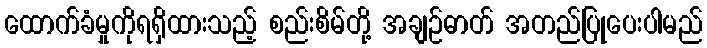
ထောက်ခံမှုကိုရရှိထားသည့် စည်းစိမ်တို့ အချဉ်ဓာတ် အတည်ပြုပေးပါမည်